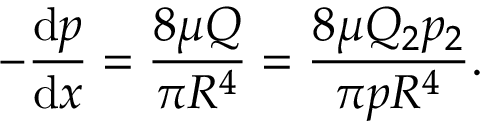
- { \frac { \mathrm { d } p } { \mathrm { d } x } } = { \frac { 8 \mu Q } { \pi R ^ { 4 } } } = { \frac { 8 \mu Q _ { 2 } p _ { 2 } } { \pi p R ^ { 4 } } } .